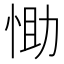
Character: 𢚆